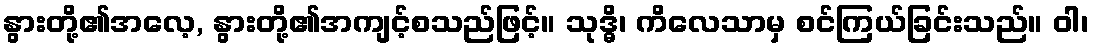
နွားတို့၏အလေ့, နွားတို့၏အကျင့်စသည်ဖြင့်။ သုဒ္ဓိ၊ ကိလေသာမှ စင်ကြယ်ခြင်းသည်။ ဝါ၊